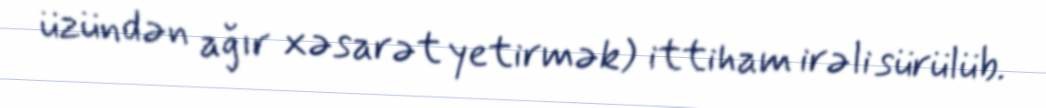
üzündən ağır xəsarət yetirmək) ittiham irəli sürülüb.